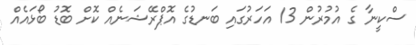
ސްކީނާ ގެ އުމުރުން 13 އަހަރުގައި ބަނޑުގެ އޮޕްރޭޝަނެއް ކޮށް ބޮޑު ބޯޅައެއް